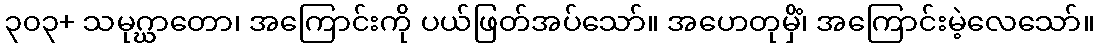
၃၀၃+ သမုဂ္ဃာတော၊ အကြောင်းကို ပယ်ဖြတ်အပ်သော်။ အဟေတုမှိံ၊ အကြောင်းမဲ့လေသော်။